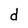
Character: d